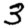
Digit: 3